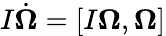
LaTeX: I\dot{\boldsymbol\Omega}=[I{\boldsymbol\Omega},{\boldsymbol\Omega}]